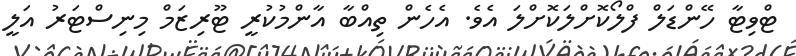
ޓްވިޓާ ހޭންޑަލް ފްލޯކޮށްލަކޮށްލަ އެވެ. އެހެން ތިއްބާ އާންމުކުރީ ޓޫރިޒަމް މިނިސްޓަރު އަލީ